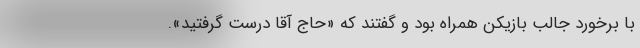
با برخورد جالب بازیکن همراه بود و گفتند که «حاج آقا درست گرفتید».